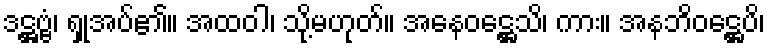
ဒဋ္ဌဗ္ဗံ၊ ရှုအပ်၏။ အထဝါ၊ သို့မဟုတ်။ အနေဝဋ္ဌေသိ၊ ကား။ အနဘိဝဋ္ဌေပိ၊